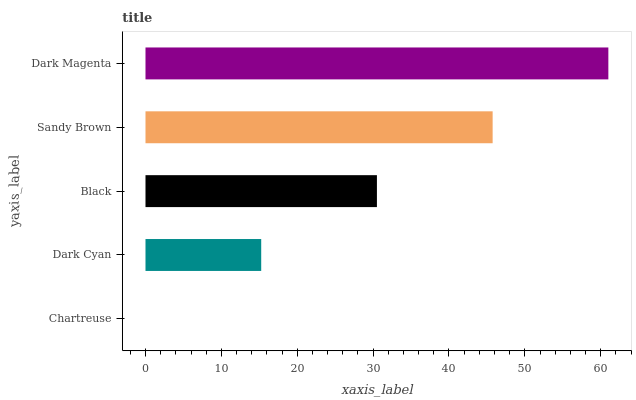
| yaxis_label | bars |
 | --- | --- |
 | Chartreuse | 0 |
 | Dark Cyan | 15.3 |
 | Black | 30.5 |
 | Sandy Brown | 45.8 |
 | Dark Magenta | 61 |